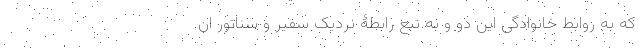
که به روابط خانوادگی این دو و به تبع رابطۀ نردیک سفیر و سناتور ان